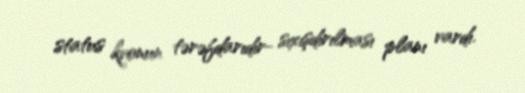
status kvonun tərəfdarıdır- sıxışdırılması planı vardı.